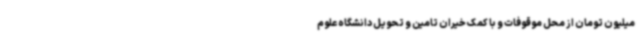
میلیون تومان از محل موقوفات و با کمک خیران تامین و تحویل دانشگاه علوم